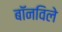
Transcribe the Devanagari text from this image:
बॉनविले